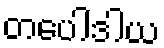
တပေါဒါယ